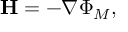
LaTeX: \mathbf { H } = - \nabla \Phi _ { M } ,